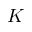
K